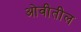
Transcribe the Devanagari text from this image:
ओवीतील